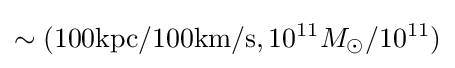
\sim (\mathrm {100kpc/100km/s} ,10^{11}M_{\odot }/10^{11})